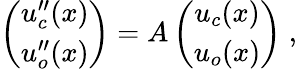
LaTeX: \begin{array}{r}{\left(\begin{array}{c}{u_{c}^{\prime\prime}(x)}\\ {u_{o}^{\prime\prime}(x)}\end{array}\right)=A\left(\begin{array}{c}{u_{c}(x)}\\ {u_{o}(x)}\end{array}\right)\; ,}\end{array}